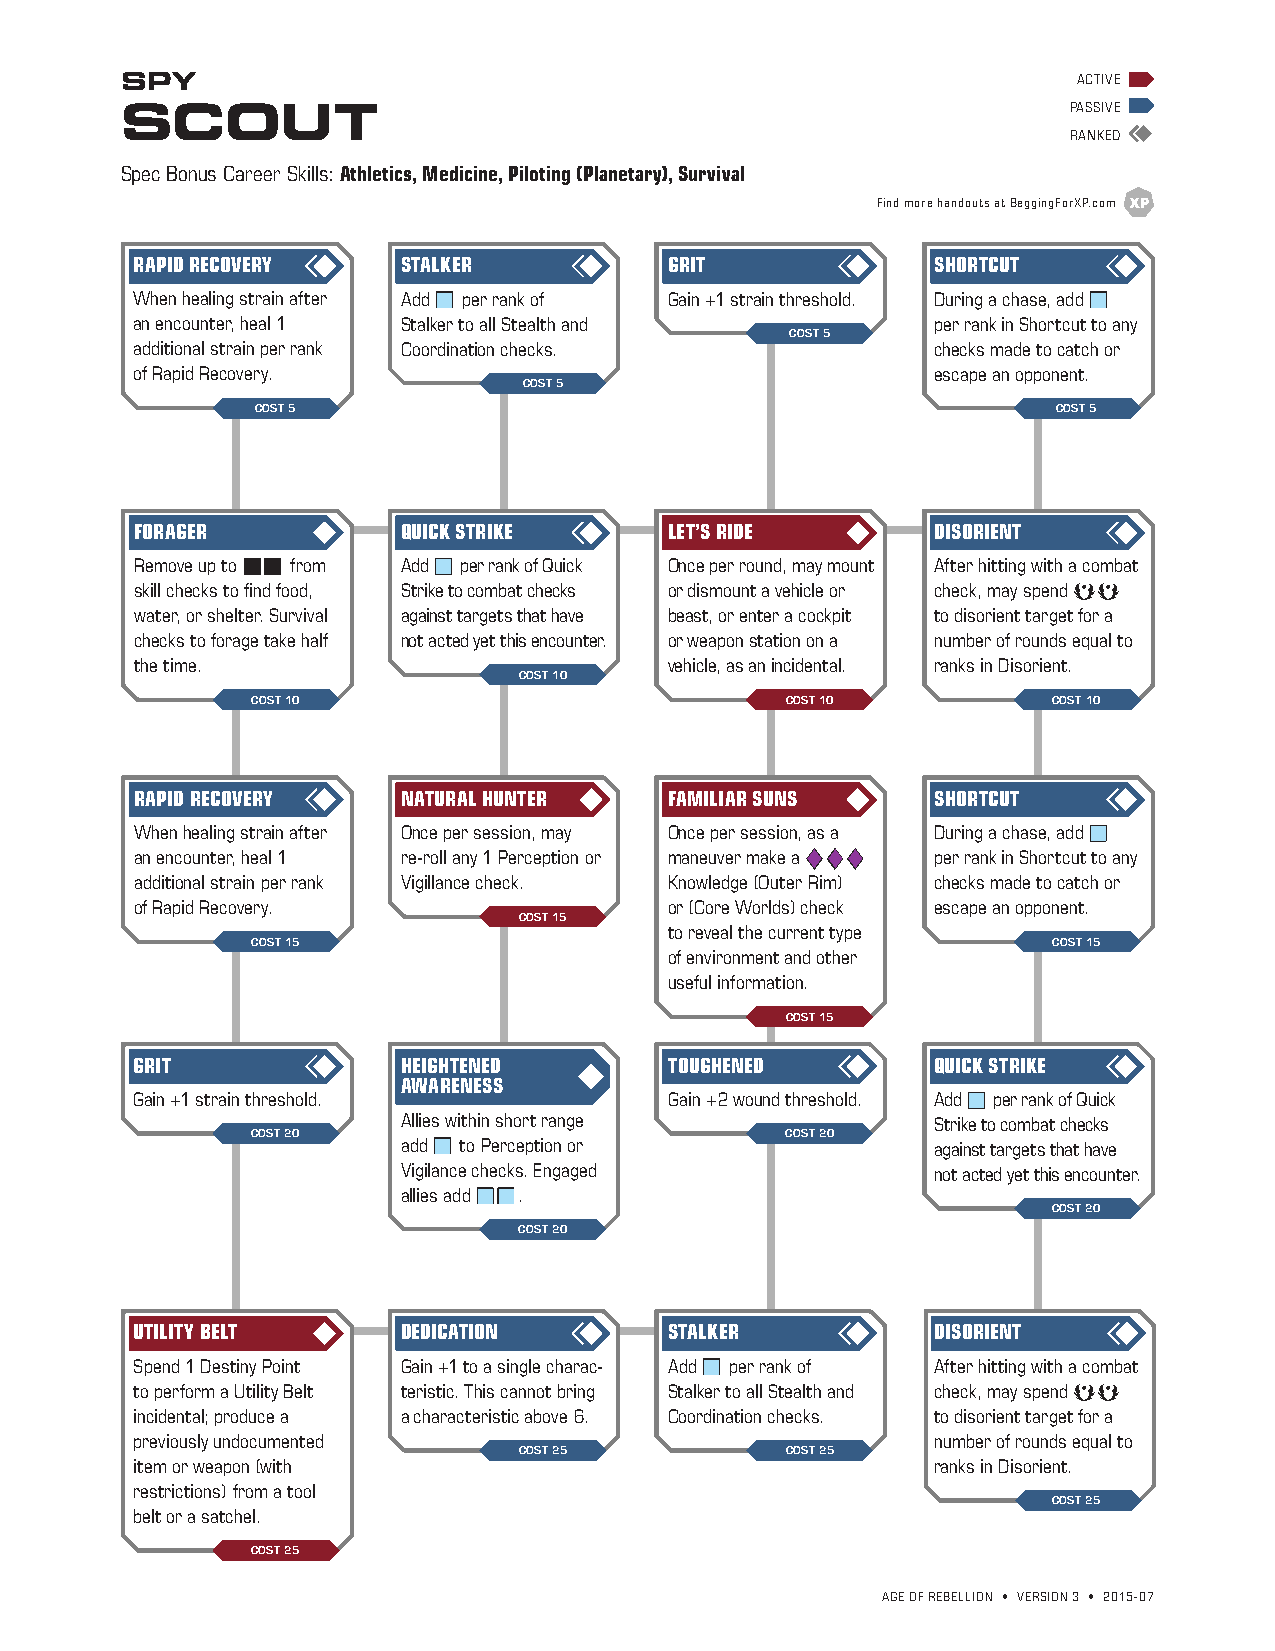
SPY                                                            ACTIVE
 SCOUT                                                          PASSIVE
 RANKED
 Spec Bonus Career Skills: Athletics, Medicine, Piloting (Planetary), Survival
 Find more handouts at BeggingForXP.com
 RAPID RECOVERY    STALKER          GRIT              SHORTCUT
 When healing strain after Add b per rank of Gain +1 strain threshold. During a chase, add b
 an encounter, heal 1 Stalker to all Stealth and      per rank in Shortcut to any
 COST 5
 additional strain per rank Coordination checks.      checks made to catch or
 of Rapid Recovery.                                   escape an opponent.
 COST 5
 COST 5                                               COST 5
 FORAGER           QUICK STRIKE     LET’S RIDE        DISORIENT
 Remove up to bb from Add b per rank of Quick Once per round, may mount After hitting with a combat
 skill checks to find food, Strike to combat checks or dismount a vehicle or check, may spend aa
 water, or shelter. Survival against targets that have beast, or enter a cockpit to disorient target for a
 checks to forage take half not acted yet this encounter. or weapon station on a number of rounds equal to
 the time.                          vehicle, as an incidental. ranks in Disorient.
 COST 10
 COST 10                            COST 10           COST 10
 RAPID RECOVERY    NATURAL HUNTER   FAMILIAR SUNS     SHORTCUT
 When healing strain after Once per session, may Once per session, as a During a chase, add b
 an encounter, heal 1 re-roll any 1 Perception or maneuver make a ddd per rank in Shortcut to any
 additional strain per rank Vigillance check. Knowledge (Outer Rim) checks made to catch or
 of Rapid Recovery.                 or (Core Worlds) check escape an opponent.
 COST 15
 to reveal the current type
 COST 15                                              COST 15
 of environment and other
 useful information.
 COST 15
 GRIT              HEIGHTENED       TOUGHENED         QUICK STRIKE
 AWARENESS
 Gain +1 strain threshold.          Gain +2 wound threshold. Add b per rank of Quick
 Allies within short range          Strike to combat checks
 COST 20                            COST 20
 add b to Perception or             against targets that have
 Vigilance checks. Engaged          not acted yet this encounter.
 allies add bb.
 COST 20
 COST 20
 UTILITY BELT      DEDICATION       STALKER           DISORIENT
 Spend 1 Destiny Point Gain +1 to a single charac- Add b per rank of After hitting with a combat
 to perform a Utility Belt teristic. This cannot bring Stalker to all Stealth and check, may spend aa
 incidental; produce a a characteristic above 6. Coordination checks. to disorient target for a
 previously undocumented                              number of rounds equal to
 COST 25           COST 25
 item or weapon (with                                 ranks in Disorient.
 restrictions) from a tool
 COST 25
 belt or a satchel.
 COST 25
 AGE OF REBELLION • VERSION 3 • 2015-07